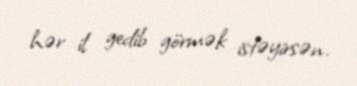
hər il gedib görmək istəyirsən.